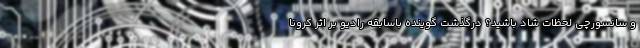
و سانسورچی لحظات شاد باشید؟ درگذشت گوینده باسابقه رادیو بر اثر کرونا